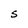
Character: S